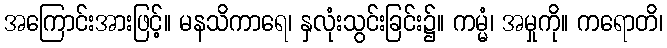
အကြောင်းအားဖြင့်။ မနသိကာရေ၊ နှလုံးသွင်းခြင်း၌။ ကမ္မံ၊ အမှုကို။ ကရောတိ၊